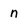
Character: n